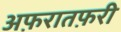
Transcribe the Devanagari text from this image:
अफ़रातफ़री